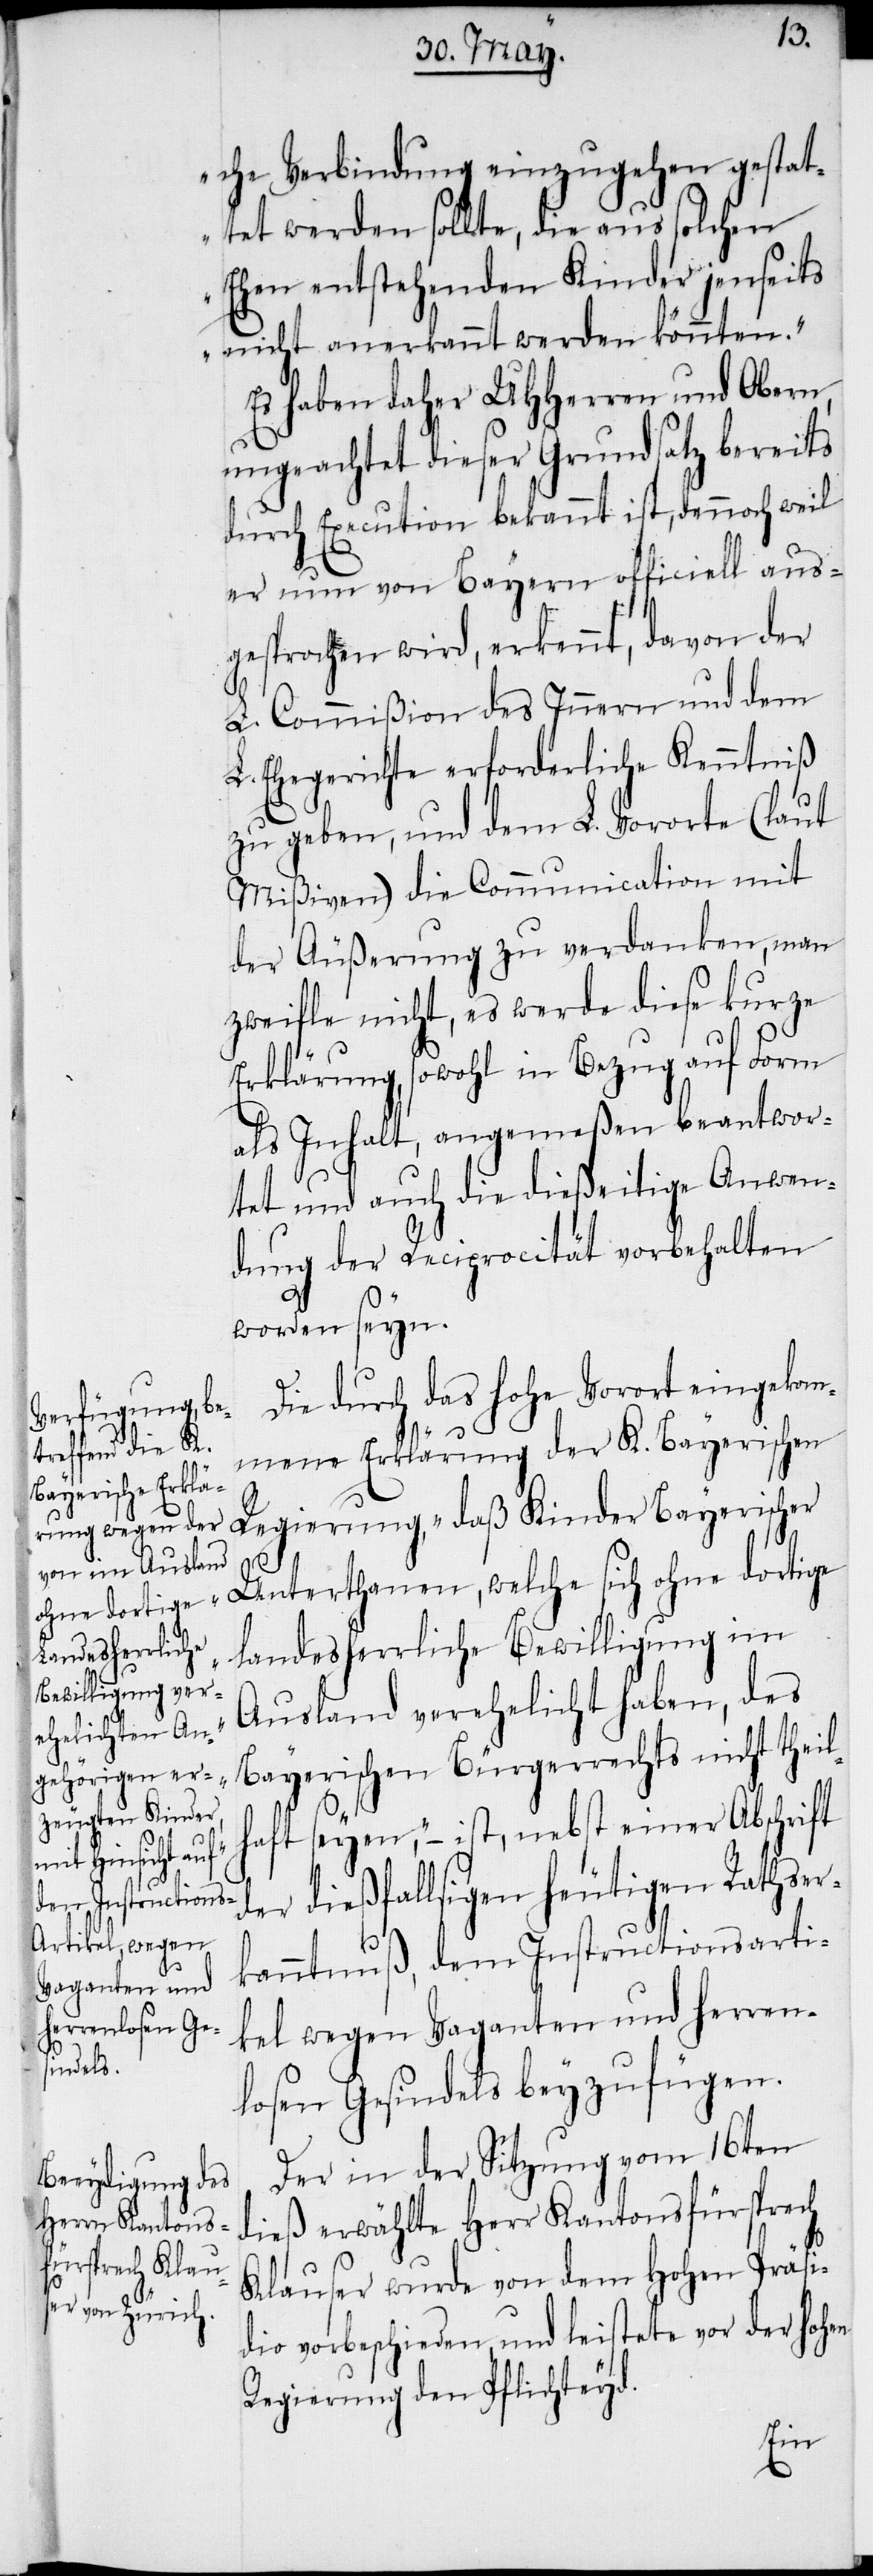
che Verbindung einzugehen gestat¬
tet werden sollte, die aus solchen
Ehen entstehenden Kinder jenseits
nicht anerkannt werden könnten.“
Es haben daher UHHerren und Obern,
ungeachtet dieser Grundsatz bereits
durch Execution bekannt ist, dennoch weil
er nun von Bayern officiell aus¬
gesprochen wird, erkennt, davon der
L. Commißion des Innern und dem
L. Ehegerichte erforderliche Kenntniß
zu geben, und dem L. Vororte (laut
Mißiven) die Communication mit
der Äußerung zu verdanken, man
zweifle nicht, es werde diese kurze
Erklärung, sowohl in Bezug auf Form
als Inhalt, angemeßen beantwor¬
tet und auch die dießeitige Anwen¬
dung der Reciprocität vorbehalten
worden seyn.
Die durch das hohe Vorort eingekom¬
mene Erklärung der K. Bayerischen
Regierung, „daß Kinder Bayerischer
Unterthanen, welche sich ohne dortige
landesherrliche Bewilligung im
Ausland verehelicht haben, des
Bayerischen Bürgerrechts nicht theil¬
haft seyen“, – ist, nebst einer Abschrift
der dießfallsigen heutigen Rathser¬
kanntnuß, dem Instructionsarti¬
kel wegen Vaganten und herren¬
losen Gesindels beyzufügen.
Der in der Sitzung vom 16ten
dieß erwählte Herr Kantonsfürsprech
Klauser wurde von dem Hohen Präsi¬
dio vorbeschieden, und leistete vor der hohen
Regierung den Pflichteyd.